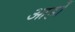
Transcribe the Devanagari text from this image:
आहों